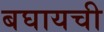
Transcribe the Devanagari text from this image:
बघायची